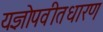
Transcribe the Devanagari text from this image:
यज्ञोपवीतधारण